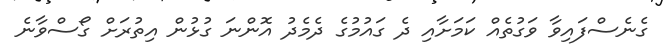
ގެނެސްފައިވާ ވަގުތެއް ކަމަށާއި ދެ ގައުމުގެ ދެމެދު އޮންނަ ގުޅުން އިތުރަށް ގޯސްވާނެ